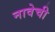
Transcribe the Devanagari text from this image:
नावेची